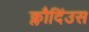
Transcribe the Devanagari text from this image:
क्लौदिंउस